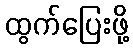
ထွက်ပြေးဖို့